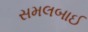
સમલબાઈ